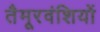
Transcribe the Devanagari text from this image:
तैमूरवंशियों